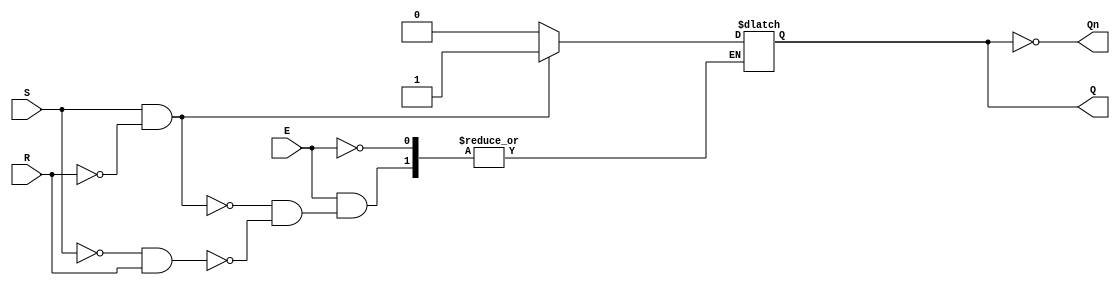
module gated_sr_latch (
    input wire S,      // Set input
    input wire R,      // Reset input
    input wire E,      // Enable input
    output reg Q,      // Output Q
    output wire Qn     // Complementary output Q'
);

// Complementary output
assign Qn = ~Q;

// Always block to implement the gated SR latch functionality
always @(E or S or R) begin
    if (E) begin
        if (S && ~R) begin
            Q <= 1'b1;  // Set Q to 1
        end else if (~S && R) begin
            Q <= 1'b0;  // Reset Q to 0
        end
        // If S = 0 and R = 0, maintain the current state (no change)
        // If S = 1 and R = 1, this is an invalid state, can be handled as needed
    end
    // When E = 0, the latch retains its current state (no change)
end

endmodule